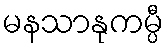
မနသာနုကမ္ပီ